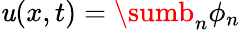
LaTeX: \mathit{u}(x,t)=\sumb_{n}\phi_{n}